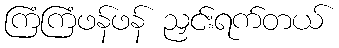
ကြံကြံဖန်ဖန် ညှင်းရက်တယ်